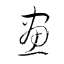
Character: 畫